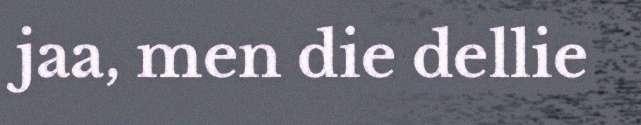
jaa, men die dellie